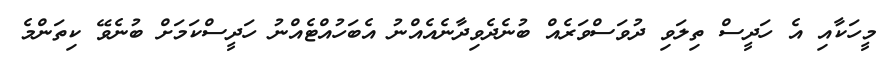
މީހަކާއި އެ ހަދީސް ތިލަވި ދުވަސްވަރެއް ބުނެދެވިދާނެއެއްނު އެބަހުއްޓެއްނު ހަދީސްކަމަށް ބުނެވޭ ކިތަންމެ